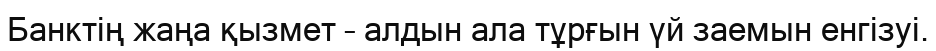
Банктің жаңа қызмет – алдын ала тұрғын үй заемын енгізуі.